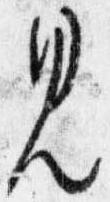
見